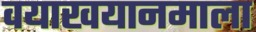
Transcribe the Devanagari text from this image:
वयाखयानमाला